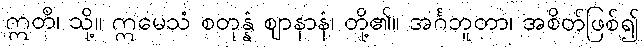
ဣတိ၊ သို့။ ဣမေသံ စတုန္နံ ဈာနာနံ၊ တို့၏။ အင်္ဂဘူတာ၊ အစိတ်ဖြစ်၍